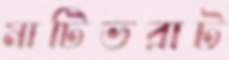
মাটিভরাট